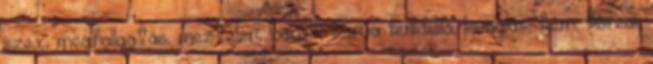
szex, meghallgatás, meztelen, barát, kurva kukkoló, lovaglás, kém, koreai,